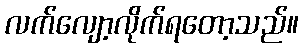
လက်လျော့လိုက်ရတော့သည်။